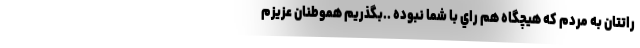
راتتان به مردم كه هيچگاه هم راي با شما نبوده ..بگذريم هموطنان عزيزم